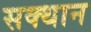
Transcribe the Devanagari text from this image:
सक्थान